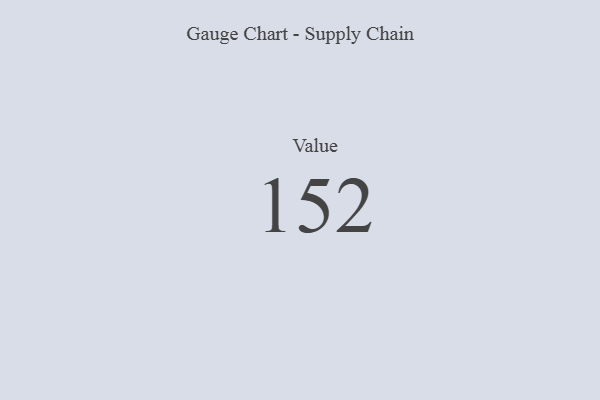
{"axis": {"x": "Metric", "y": "Value"}, "legend": [""], "data": [{"x": "Value", "y": 152, "type": ""}]}